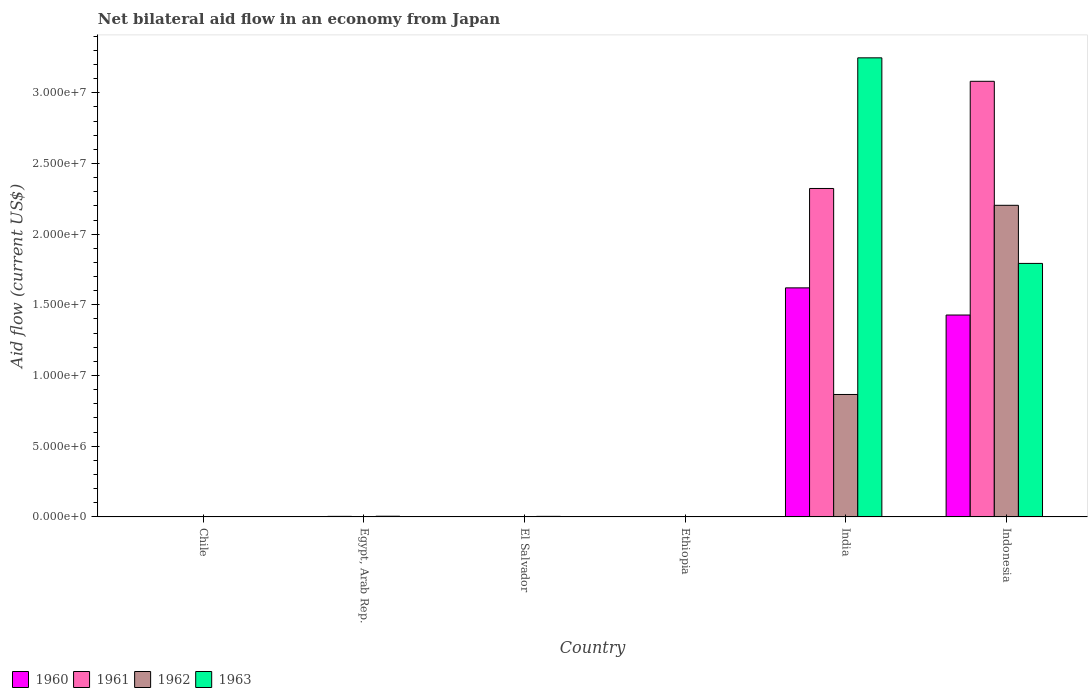
| Country | 1960 | 1961 | 1962 | 1963 |
 | --- | --- | --- | --- | --- |
 | Chile | 1e+04 | 1e+04 | 2e+04 | 3e+04 |
 | Egypt, Arab Rep. | 3e+04 | 4e+04 | 3e+04 | 5e+04 |
 | El Salvador | 1e+04 | 1e+04 | 3e+04 | 4e+04 |
 | Ethiopia | 1e+04 | 1e+04 | 1e+04 | 1e+04 |
 | India | 1.62e+07 | 2.32e+07 | 8.66e+06 | 3.25e+07 |
 | Indonesia | 1.43e+07 | 3.08e+07 | 2.2e+07 | 1.79e+07 |